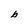
Character: b